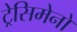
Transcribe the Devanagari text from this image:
ट्रेसिमेनो